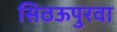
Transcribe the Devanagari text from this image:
सिठऊपुरवा